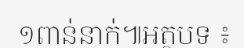
១ពាន់នាក់៕អត្ថបទ ៖